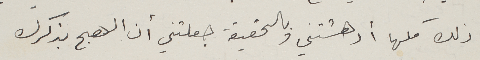
ذلك كلها أدهشتني وبالحقيقة جعلتني أن الهج بذكرك